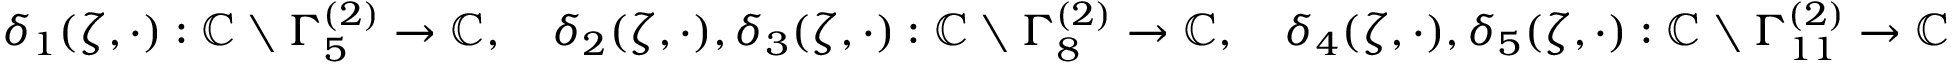
\begin{array} { r } { \delta _ { 1 } ( \zeta , \cdot ) : \mathbb { C } \setminus \Gamma _ { 5 } ^ { ( 2 ) } \to \mathbb { C } , \quad \delta _ { 2 } ( \zeta , \cdot ) , \delta _ { 3 } ( \zeta , \cdot ) : \mathbb { C } \setminus \Gamma _ { 8 } ^ { ( 2 ) } \to \mathbb { C } , \quad \delta _ { 4 } ( \zeta , \cdot ) , \delta _ { 5 } ( \zeta , \cdot ) : \mathbb { C } \setminus \Gamma _ { 1 1 } ^ { ( 2 ) } \to \mathbb { C } } \end{array}